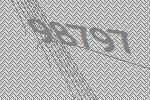
98797